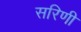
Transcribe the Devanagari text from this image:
सरिणी